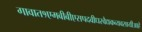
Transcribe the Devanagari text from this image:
गावात१एमबीबीएसपदवीधरवैद्यकव्यवसायीआहे